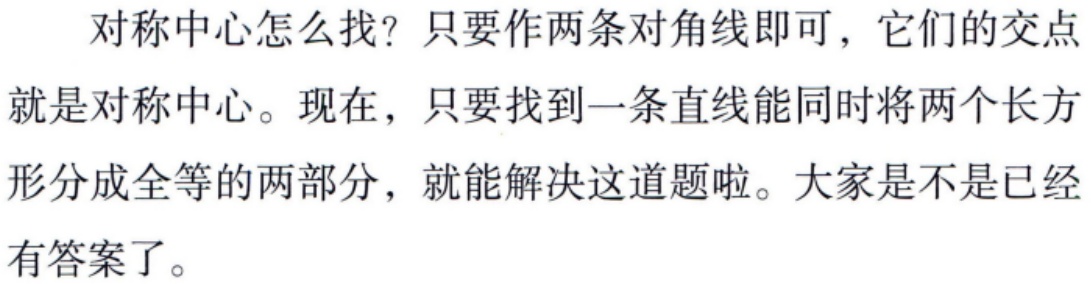
对称中心怎么找？只要作两条对角线即可，它们的交点就是对称中心。现在，只要找到一条直线能同时将两个长方形分成全等的两部分，就能解决这道题啦。大家是不是已经有答案了。